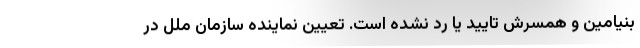
بنیامین و همسرش تایید یا رد نشده است. تعیین نماینده سازمان ملل در